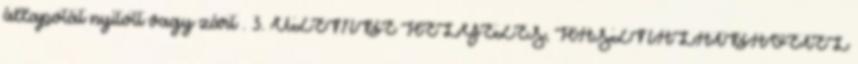
állapotát nyitott vagy zárt . 3. ÜZEMBE HELYEZÉS, HASZNÁLATBAVÉTEL